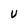
Character: U